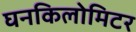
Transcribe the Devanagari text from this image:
घनकिलोमिटर